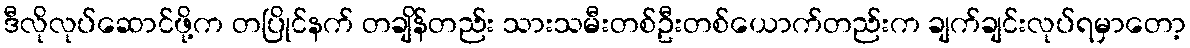
ဒီလိုလုပ်ဆောင်ဖို့က တပြိုင်နက် တချိန်တည်း သားသမီးတစ်ဦးတစ်ယောက်တည်းက ချက်ချင်းလုပ်ရမှာတော့